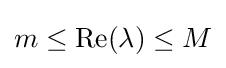
m\leq \operatorname {Re} (\lambda )\leq M